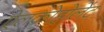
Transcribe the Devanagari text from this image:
ऐलकोहोलेंट